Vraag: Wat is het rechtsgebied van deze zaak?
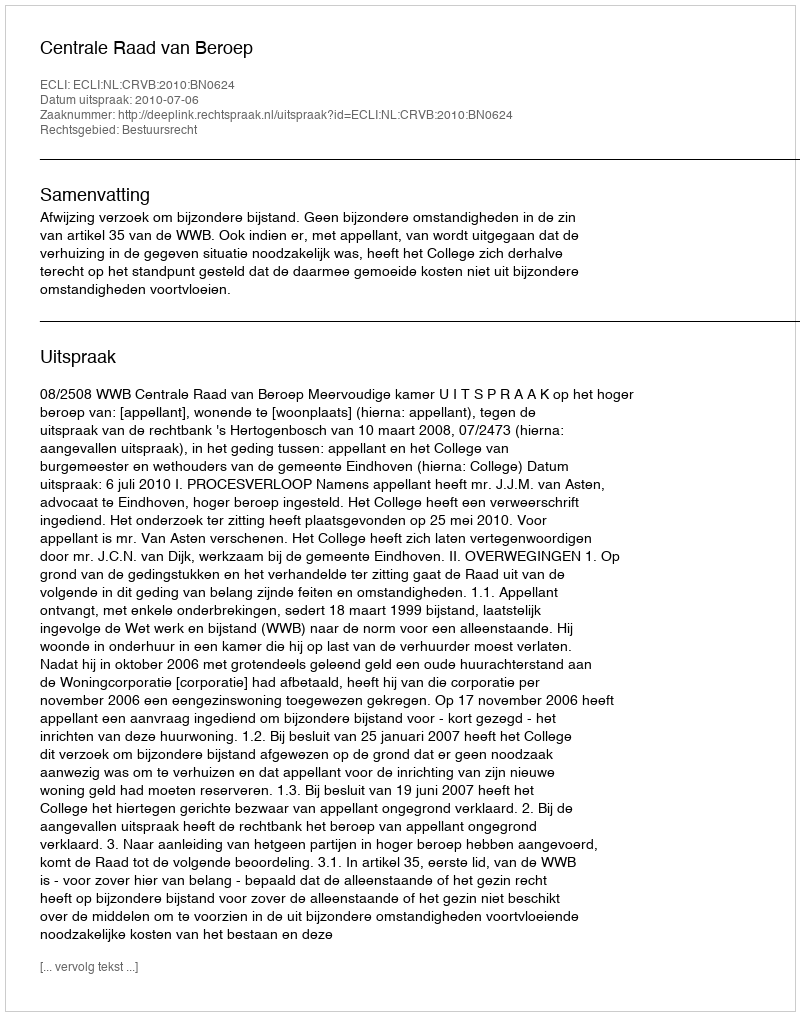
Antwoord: Bestuursrecht